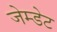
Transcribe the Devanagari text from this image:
जेम्डेट